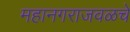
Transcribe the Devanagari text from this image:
महानगराजवळचे